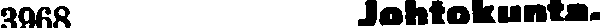
3968 Johtokunta.